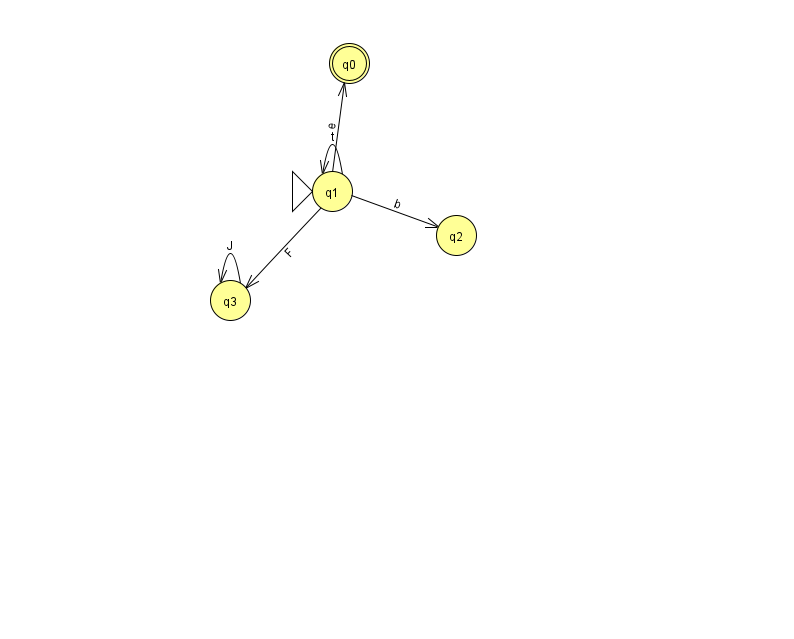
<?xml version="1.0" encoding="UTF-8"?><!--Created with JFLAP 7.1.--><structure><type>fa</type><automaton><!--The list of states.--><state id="0" name="q0"><x>349.0</x><y>50.0</y><final/></state><state id="1" name="q1"><x>332.0</x><y>178.0</y><initial/></state><state id="2" name="q2"><x>456.0</x><y>222.0</y></state><state id="3" name="q3"><x>230.0</x><y>287.0</y></state><!--The list of transitions.--><transition><from>1</from><to>0</to><read>e</read></transition><transition><from>1</from><to>1</to><read>t</read></transition><transition><from>1</from><to>2</to><read>b</read></transition><transition><from>3</from><to>3</to><read>J</read></transition><transition><from>1</from><to>3</to><read>F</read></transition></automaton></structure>